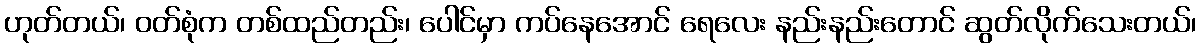
ဟုတ်တယ်၊ ဝတ်စုံက တစ်ထည်တည်း၊ ပေါင်မှာ ကပ်နေအောင် ရေလေး နည်းနည်းတောင် ဆွတ်လိုက်သေးတယ်၊